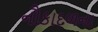
નૌકાદળના